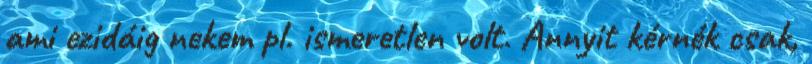
ami ezidáig nekem pl. ismeretlen volt. Annyit kérnék csak,